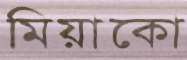
মিয়াকো